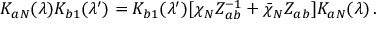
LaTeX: K _ { a N } ( \lambda ) K _ { b 1 } ( \lambda ^ { \prime } ) = K _ { b 1 } ( \lambda ^ { \prime } ) [ \chi _ { N } Z _ { a b } ^ { - 1 } + \bar { \chi } _ { N } Z _ { a b } ] K _ { a N } ( \lambda ) \, .